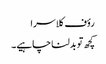
رؤف کلاسرا
کچھ تو بدلنا چاہیے۔